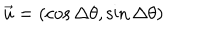
\vec { u } = ( \cos \Delta \theta , \sin \Delta \theta )